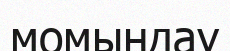
момындау